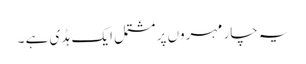
یہ چار مہروں پر مشتمل ایک ہڈی ہے ۔